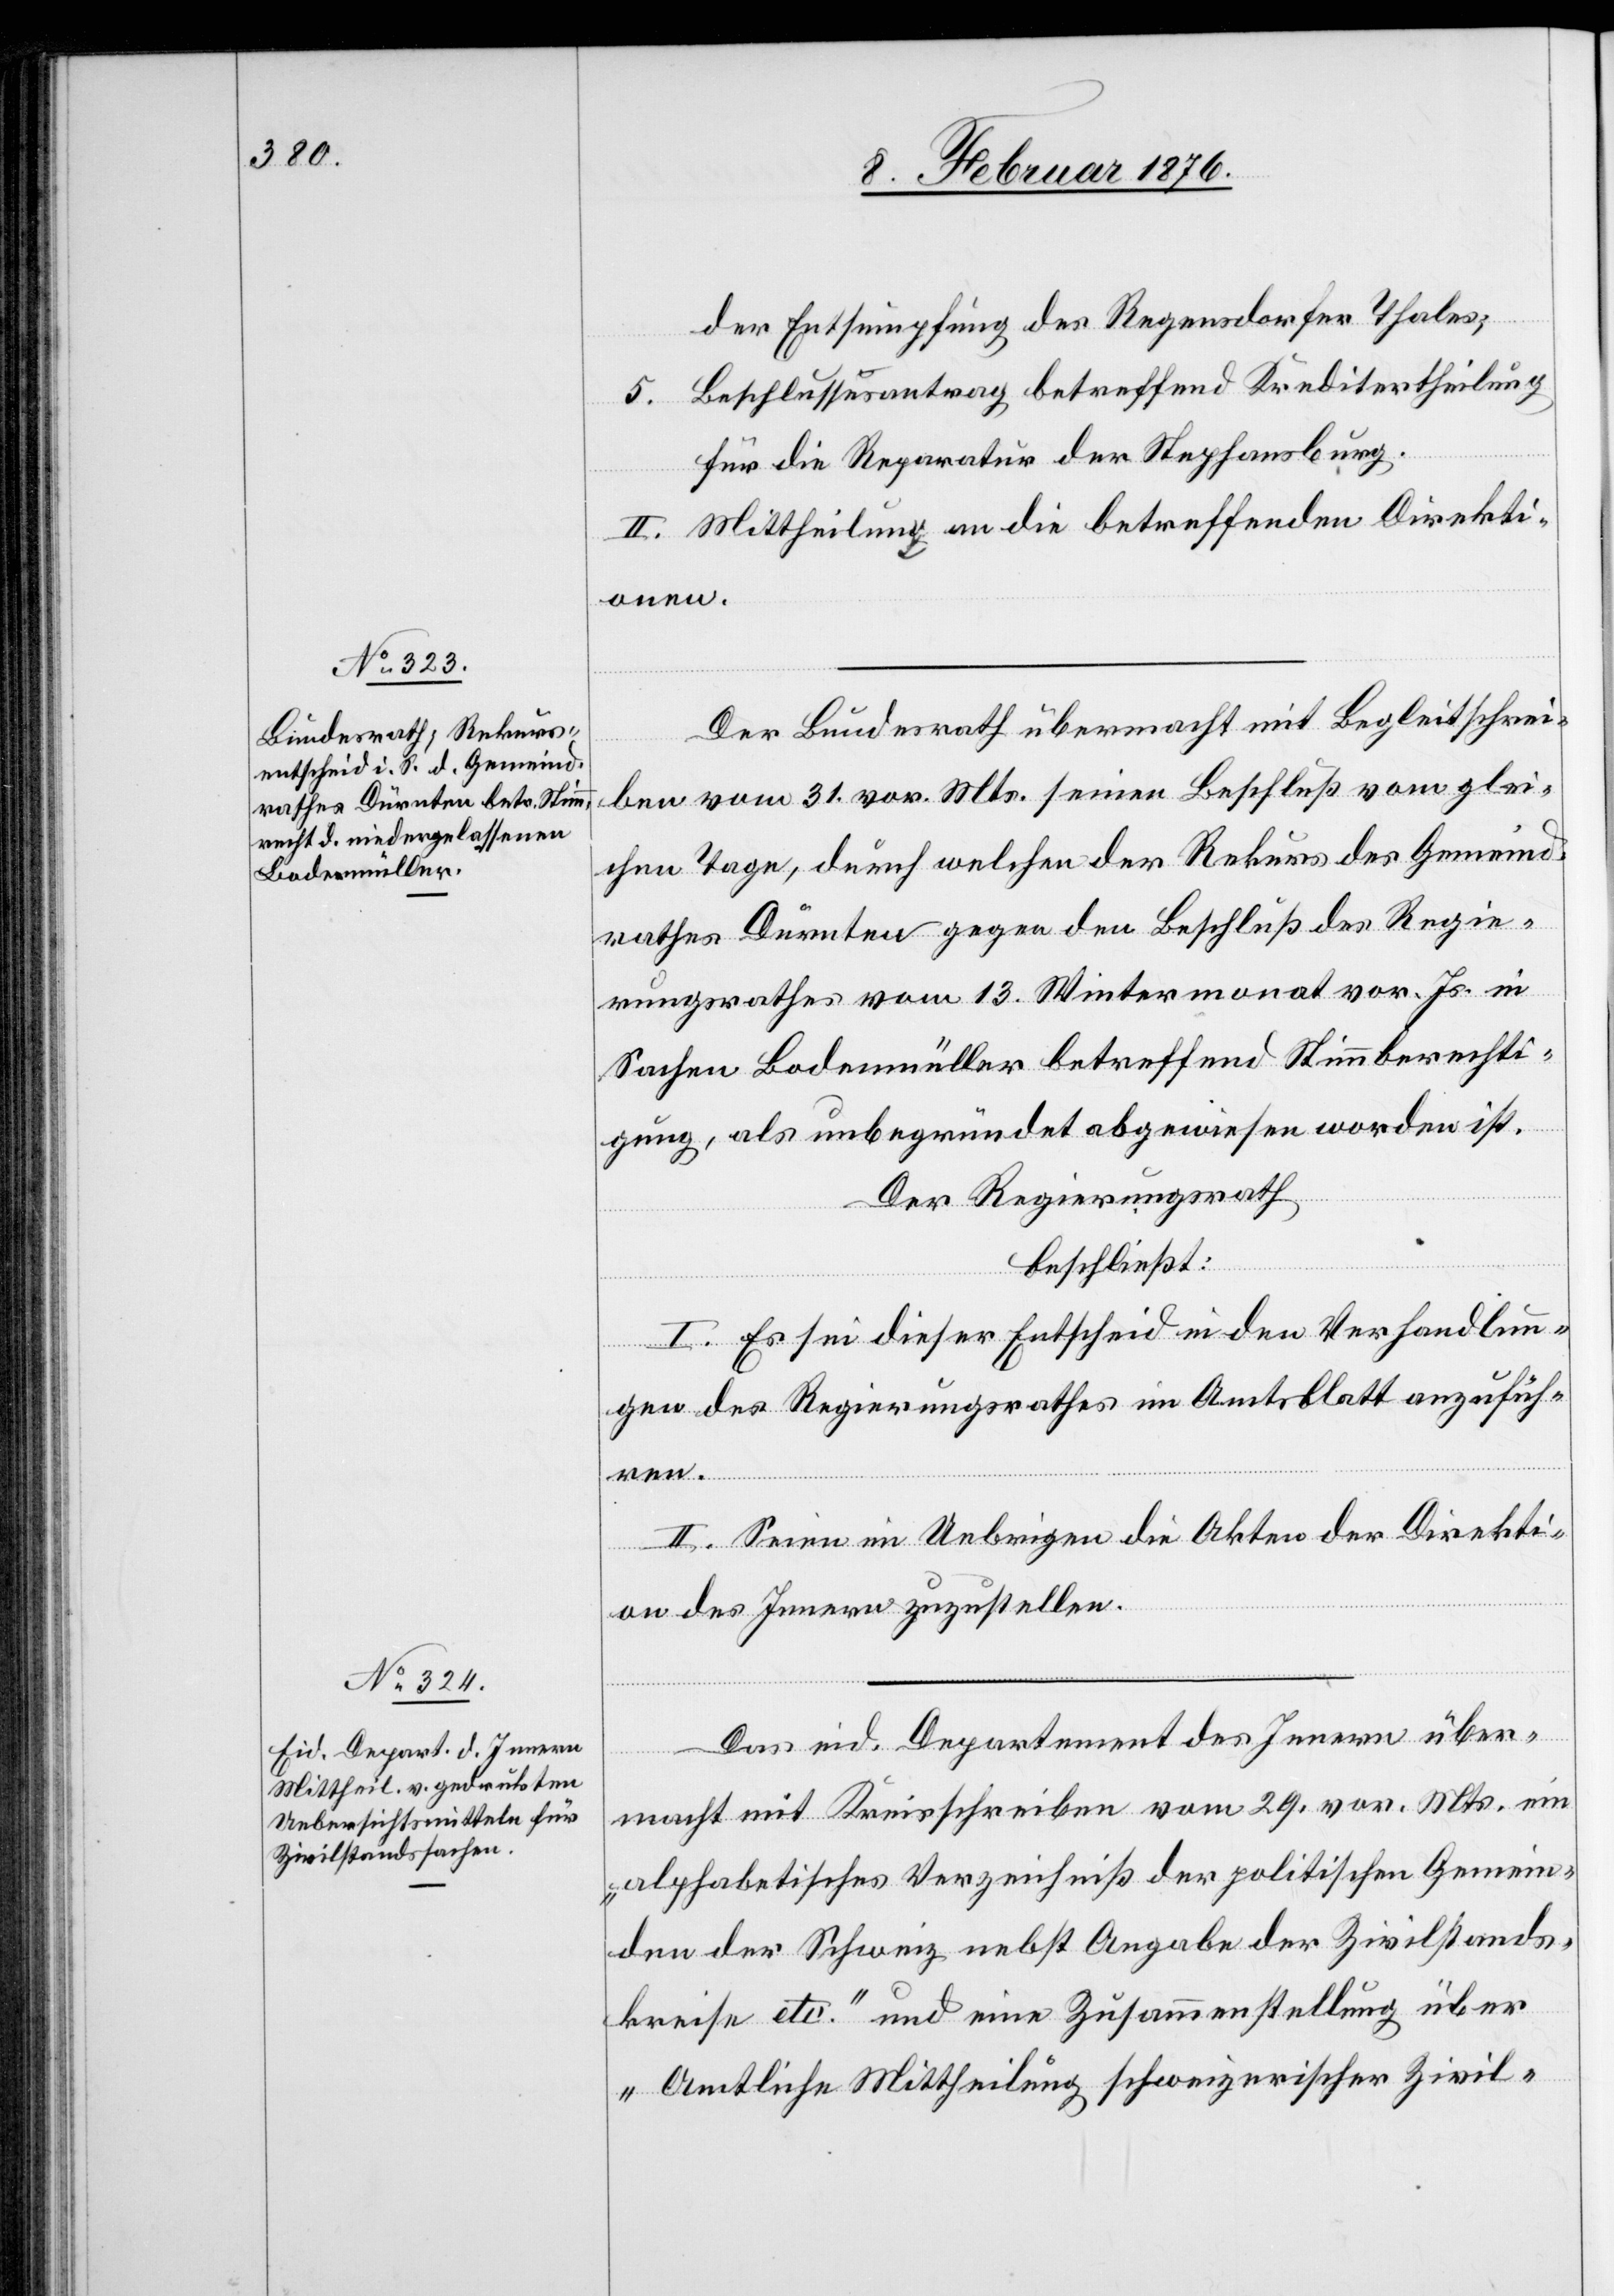
der Entsumpfung des Regensdorfer Thales;
5. Beschlussesantrag betreffend Kreditertheilung
für die Reparatur der Stephansburg.
II. Mittheilung an die betreffenden Direkti¬
onen.
Der Bundesrath übermacht mit Begleitschrei¬
ben vom 31. vor. Mts. seinen Beschluß vom glei¬
chen Tage, durch welchen der Rekurs des Gemeinde¬
rathes Dürnten gegen den Beschluß des Regie¬
rungsrathes vom 13. Wintermonat vor. Js. in
Sachen Bodenmüller betreffend Stimmberechti¬
gung, als unbegründet abgewiesen worden ist.
Der Regierungsrath,
beschließt:
I. Es sei dieser Entscheid in den Verhandlun¬
gen des Regierungsrathes im Amtsblatt anzufüg¬
en.
II. Seien im Uebrigen die Akten der Direkti¬
on des Innern zuzustellen.
Das eid. Departement des Innern über¬
macht mit Kreisschreiben vom 29. vor. Mts. ein
„alphabetisches Verzeichnis der politischen Gemein¬
den der Schweiz nebst Angabe der Zivilstands¬
kreise etc.“ und eine Zusammenstellung über
„Amtliche Mittheilung schweizerischer Zivil-